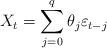
LaTeX: \begin{align*}X_t = \sum_{j=0}^{q}\theta_j \varepsilon_{t-j}\end{align*}